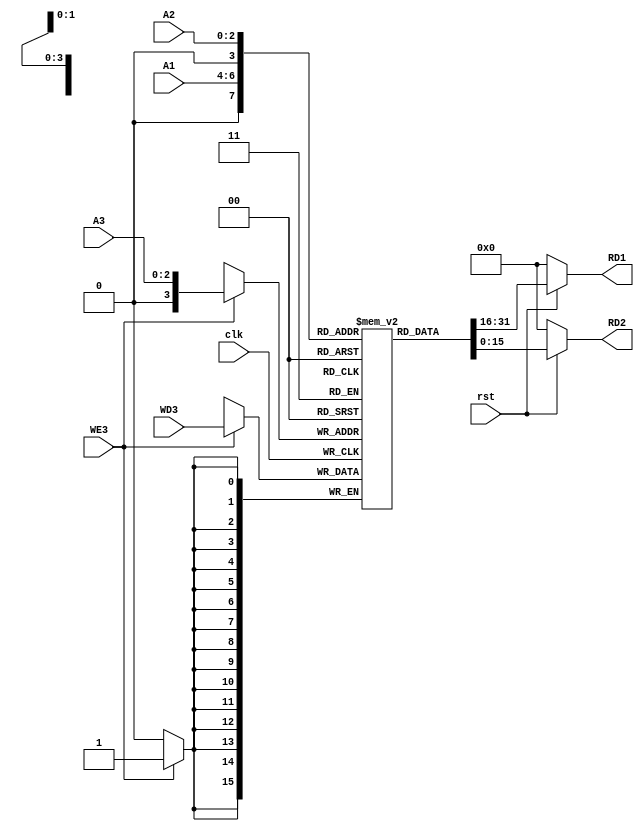
module Reg_File (A1,A2,A3,WD3,WE3,clk,rst,RD1,RD2);
    //NOTES:
    // WD3 = Write Data 
    // WE3 = Write Enable (Comming From Control Unit's RegWrite Output)

    //Declaring Inputs:
    input [2:0] A1,A2,A3;
    input [15:0] WD3;
    input clk,rst,WE3;
    
    //Declaring Outputs:
    output [15:0] RD1,RD2;

    //Creation Of The Memory:
    reg[15:0] Registers [15:0];

    //Read Functionality:
    assign RD1 = (!rst) ? 16'b0000000000000000 : Registers[A1];
    assign RD2 = (!rst) ? 16'b0000000000000000 : Registers[A2];

    //Write Functionality:
    always @(posedge clk) begin// Positive Edge Of The Clock
        if (WE3)
            begin
                Registers[A3] <= WD3;
            end
    end


    //We can Initialize Data Of Registers From Here!
    initial begin
        Registers[0] = 16'b0000000000000000;// $zero
        Registers[1] = 16'b0000000000000001;
        Registers[2] = 16'b0000000000000010;
        Registers[3] = 16'b0000000000000011;
        // Registers[4] = 16'b0000000000000100;
        Registers[5] = 16'b0000000000000101;
        Registers[6] = 16'b0000000000000110;
    end

endmodule